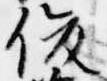
俊